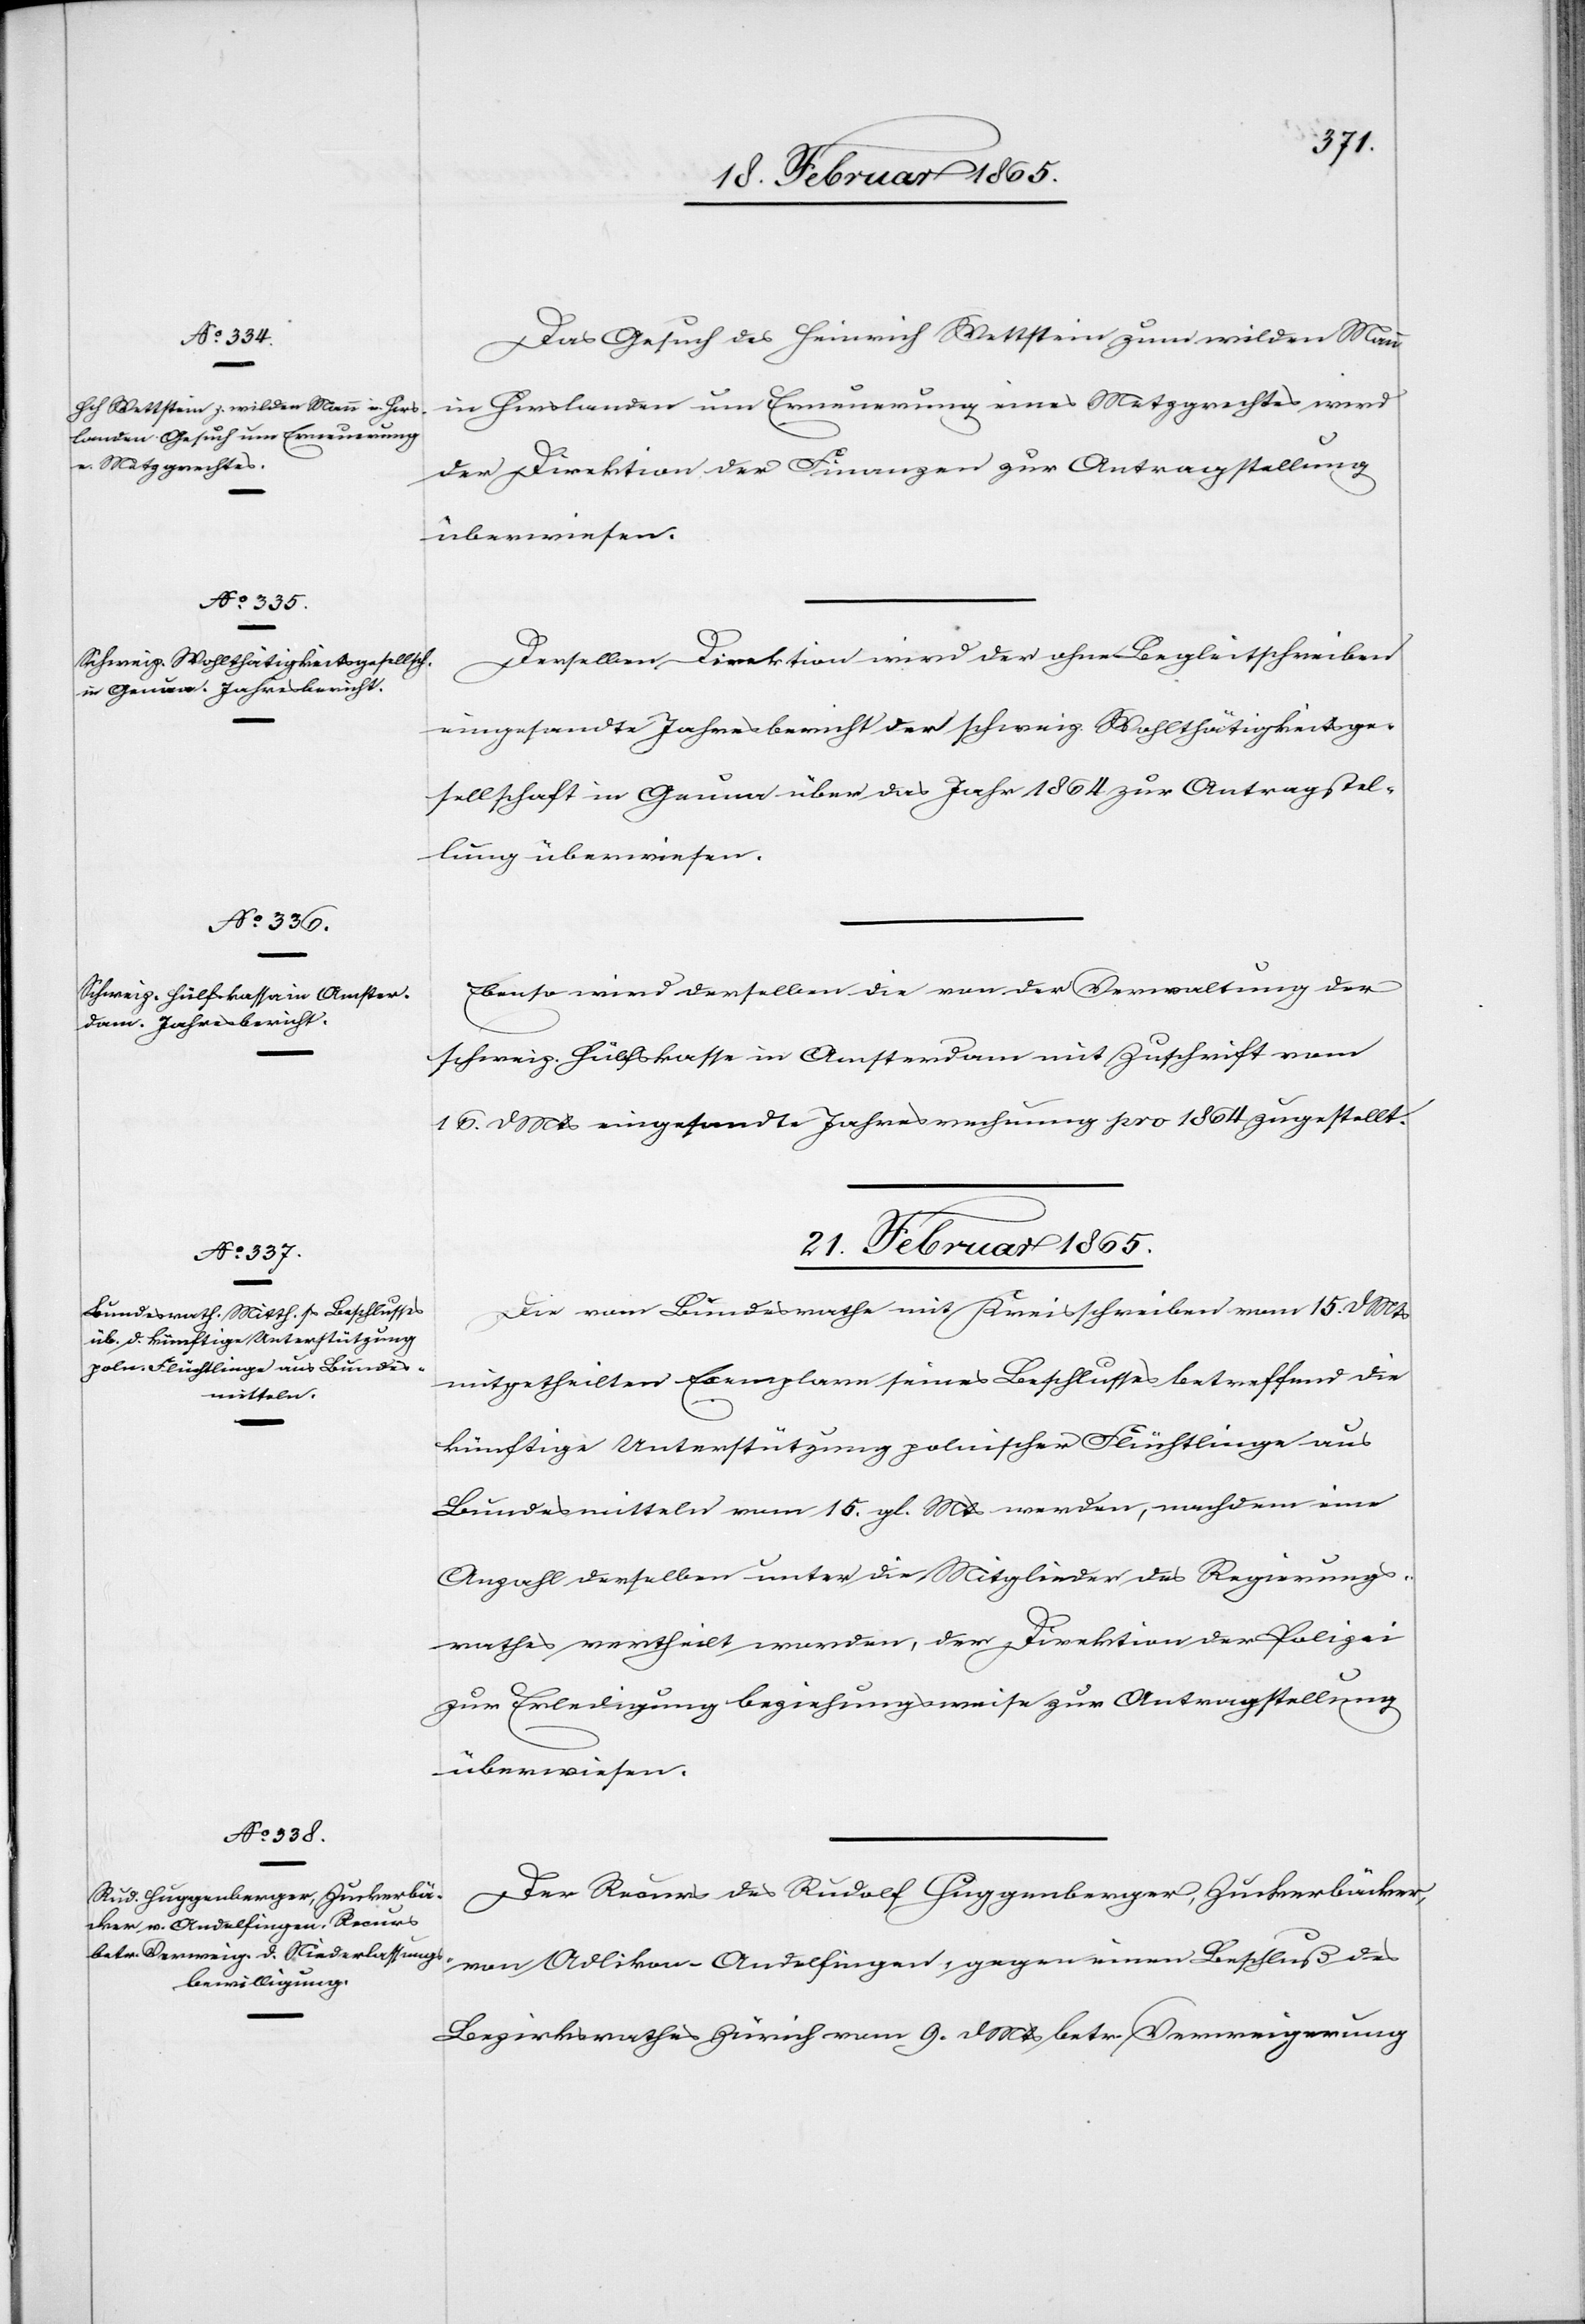
20. Februar 1865.]
Das Gesuch des Heinrich Wettstein zum wilden Mann
in Hirslanden um Erneuerung eines Metzgrechtes wird
der Direktion der Finanzen zur Antragstellung
überwiesen.
Derselben Direktion wird der ohne Begleitschreiben
eingesandte Jahresbericht der schweiz. Wohlthätigkeitsge¬
sellschaft in Genua über das Jahr 1864 zur Antragstel¬
lung überwiesen.
Ebenso wird derselben die von der Verwaltung der
schweiz. Hülfskasse in Amsterdam mit Zuschrift vom
16. d Mts eingesandte Jahresrechnung pro 1864 zugestellt.
21. Februar 1865.]
Die vom Bundesrathe mit Kreisschreiben vom 15. d Mts
mitgetheilten Exemplare seines Beschlusses betreffend die
künftige Unterstützung polnischer Flüchtlinge aus
Bundesmitteln vom 15. gl. Mts werden, nachdem eine
Anzahl derselben unter die Mitglieder des Regierungs¬
rathes vertheilt worden, der Direktion der Polizei
zur Erledigung beziehungsweise zur Antragstellung
überwiesen.
Der Recurs des Rudolf Huggenberger, Zuckerbäcker,
von Adlikon - Andelfingen, gegen einen Beschluß des
Bezirksrathes Zürich vom 9. d Mts betr. Verweigerung